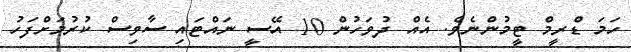
ހަމަ ޑްރީމް ޓީމުންނެެވެ. އެއް ދުވަހުން 10 އޭސީ ނައްޓައި ސާވިސް ކުރުމަށްފަހު